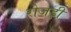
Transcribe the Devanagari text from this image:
रोजड़ी